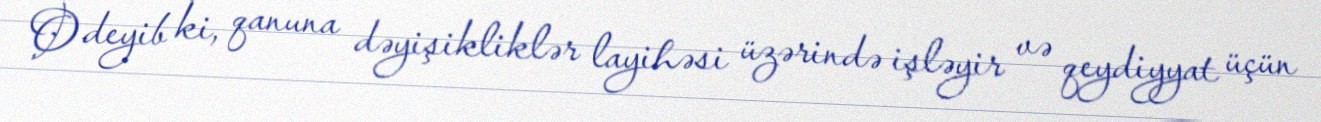
O deyib ki, qanuna dəyişikliklər layihəsi üzərində işləyir və qeydiyyat üçün